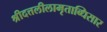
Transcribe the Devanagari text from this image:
श्रीदत्तलीलामृताब्धिसार